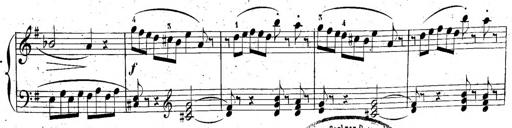
Title: 6 Sonatinen, Op.95
Composer: Ferdinand Hiller
Key: Various